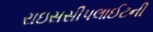
રાઇસસીપલાઈટની